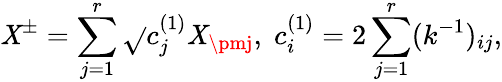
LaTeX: \mathit{X}^{\pm}=\sum_{j=1}^{r}\sqrt{}{{c_{j}^{(1)}}}\mathit{X}_{\pmj},\; c_{i}^{(1)}=2\sum_{j=1}^{r}(k^{-1})_{ij},